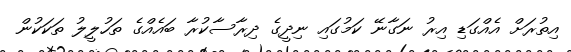
އިތުރަށް އެއްގަޑި އިރު ނަގާނޭ ކަމުގައި ނިދީގެ ދިރާސާކުރާ ބައެއްގެ ތަހުލީލު ތަކަކުން